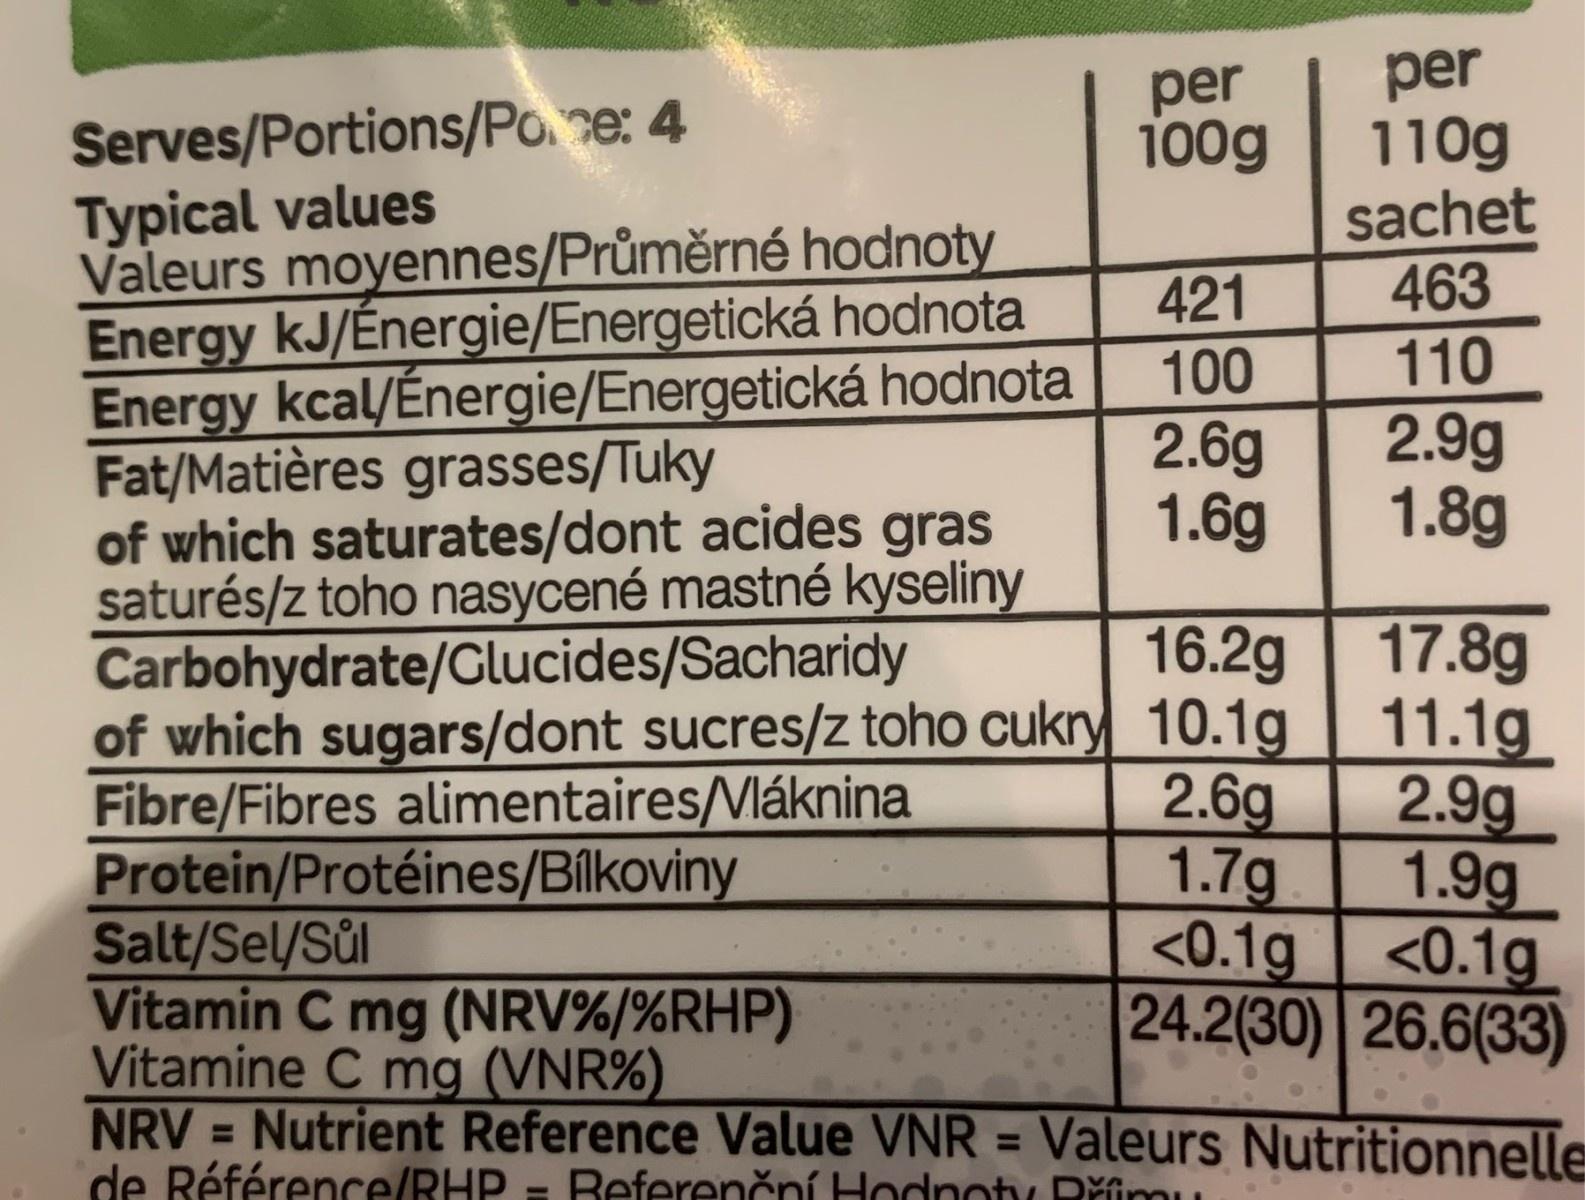
per 110g sachet 463 per 100g Serves/Portions/Pone: 4 Typical values Valeurs moyennes/Průměrné hodnoty Energy kJ/Énergie/Energetická hodnota Energy kcal/Energie/Energetická hodnota Fat/Matières grasses/Tuky of which saturates/dont acides gras saturés/z toho nasycené mastné kyseliny Carbohydrate/Glucides/Sacharidy of which sugars/dont sucres/z toho cukry 10.1g | Fibre/Fibres alimentaires/Vláknina Protein/Protéines/Bílkoviny Salt/Sel/Sul Vitamin C mg (NRV%/%RHP) Vitamine C mg (VNR%) NRV = Nutrient Reference Value VNR = Valeurs Nutritionnelle de Référence/RHP = Referenční Hodnotu Rřífimu 421 100 2.6g 1.6g 110 2.9g 1.8g 16.2g 17.8g 11.1g 2.6g 2.9g 1.7g 1.9g <0.1g | <0.1g 24.2(30) 26.6(33) %3D %3D